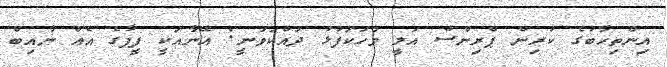
އިންތިހާބުގެ ކުރިން ޕްރިންސް އަލީ ވާހަކަފުޅު ދައްކަވަނީ: އޭނާއަކީ ފީފާގެ އެއް ނާއިބް